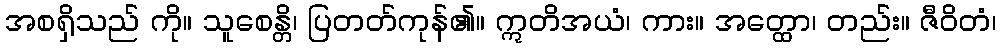
အစရှိသည် ကို။ သူစေန္တိ၊ ပြတတ်ကုန်၏။ ဣတိအယံ၊ ကား။ အတ္ထော၊ တည်း။ ဇီဝိတံ၊